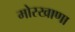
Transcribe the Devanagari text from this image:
मोरखाणा